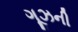
ગૂઝની